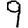
Digit: 9